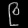
Digit: ၉